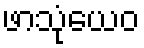
ဖာသုံယေဝ